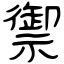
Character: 禦